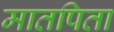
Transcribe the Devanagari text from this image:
मातपिता